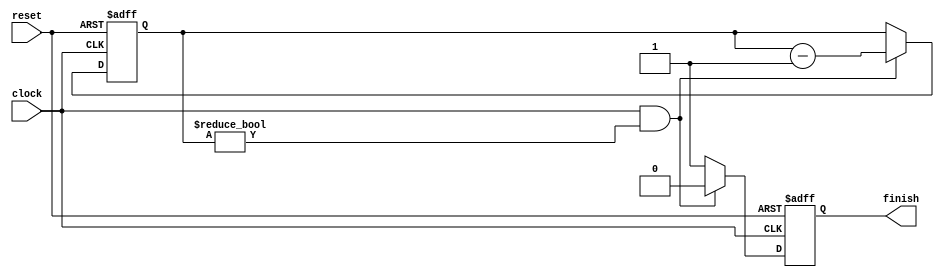
`timescale 1ns / 1ps
//////////////////////////////////////////////////////////////////////////////////
// Company: 
// Engineer: 
// 
// Design Name: 
// Module Name: CountDownHandler
// Project Name: 
// Target Devices: 
// Tool Versions: 
// Description: 
// 
// Dependencies: 
// 
// Revision:
// Revision 0.01 - File Created
// Additional Comments:
// 
//////////////////////////////////////////////////////////////////////////////////


module GameTimer(
    input clock,
    input reset,
    output reg finish
    );
    
    reg [15:0] count = 0; 
    
    always @(negedge reset or posedge clock) begin
        if (reset == 0) begin // active low reset
            count <= 16'd30; //30 second window to play
            finish <= 0;
        end else if (clock && count != 0) begin
            count <= count - 16'b1;
            finish <= 0;
        end else begin
            count <= count;
            finish <= 1;
        end
    end 
         
endmodule